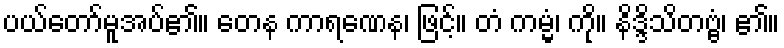
ပယ်တော်မူအပ်၏။ တေန ကာရဏေန၊ ဖြင့်။ တံ ကမ္မံ၊ ကို။ နိဒ္ဒိသိတဗ္ဗံ၊ ၏။